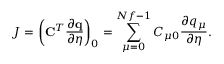
J = \left( \mathbf { C } ^ { T } \frac { \partial \mathbf { q } } { \partial \eta } \right) _ { 0 } = \sum _ { \mu = 0 } ^ { N f - 1 } C _ { \mu 0 } \frac { \partial q _ { \mu } } { \partial \eta } .